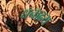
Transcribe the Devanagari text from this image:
धनाढ्‍य